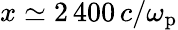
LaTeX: x\simeq 2\, 400\, c/\omega_{\mathrm{p}}